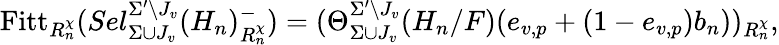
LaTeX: \mathrm{Fitt}_{R_{n}^{\chi}}(Sel_{\Sigma\cup J_{v}}^{\Sigma^{\prime}\setminus J_{v}}(H_{n})_{R_{n}^{\chi}}^{-})=(\Theta_{\Sigma\cup J_{v}}^{\Sigma^{\prime}\setminus J_{v}}(H_{n}/F)(e_{v,p}+(1-e_{v,p})b_{n}))_{R_{n}^{\chi}},